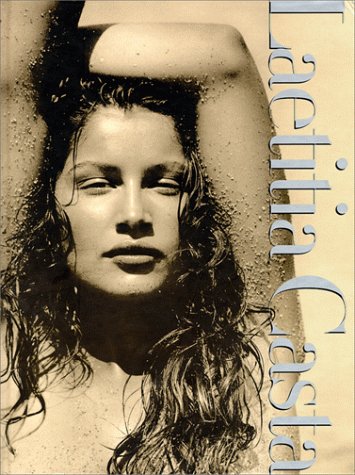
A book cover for Laetitia Casta; Christopher Heath; Arts & Photography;